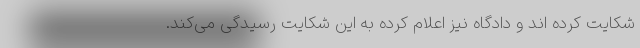
شکایت کرده اند و دادگاه نیز اعلام کرده به این شکایت رسیدگی می‌کند.